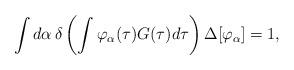
LaTeX: \begin{align*}\int d\alpha \, \delta \left(\int \varphi_\alpha (\tau) G(\tau)d\tau\right)\Delta[\varphi_\alpha] =1,\end{align*}